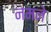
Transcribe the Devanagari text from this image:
नमने